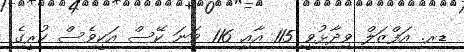
ޑރ. އަފްޒަލް ވިދާޅުވީ 115 އާއި 116 ވަނަ ކޭސް އަކީވެސް ކުރީގެ